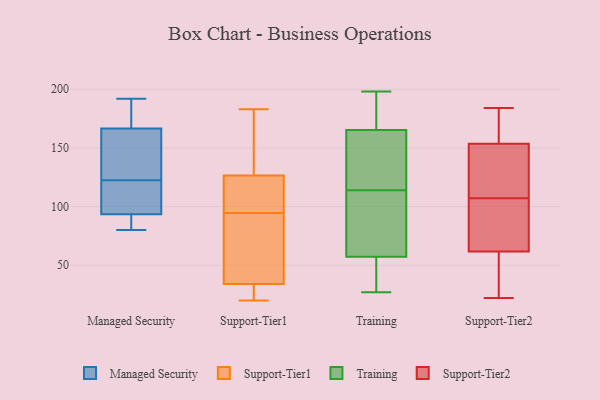
{"axis": {"x": "Customer Acquisition Cost (USD)", "y": "Value"}, "legend": ["Managed Security", "Support-Tier1", "Support-Tier2", "Training"], "data": [{"x": "", "y": 179, "type": "Managed Security"}, {"x": "", "y": 135, "type": "Managed Security"}, {"x": "", "y": 165, "type": "Managed Security"}, {"x": "", "y": 87, "type": "Managed Security"}, {"x": "", "y": 93, "type": "Managed Security"}, {"x": "", "y": 94, "type": "Managed Security"}, {"x": "", "y": 119, "type": "Managed Security"}, {"x": "", "y": 192, "type": "Managed Security"}, {"x": "", "y": 126, "type": "Managed Security"}, {"x": "", "y": 80, "type": "Managed Security"}, {"x": "", "y": 95, "type": "Managed Security"}, {"x": "", "y": 168, "type": "Managed Security"}, {"x": "", "y": 96, "type": "Support-Tier1"}, {"x": "", "y": 97, "type": "Support-Tier1"}, {"x": "", "y": 119, "type": "Support-Tier1"}, {"x": "", "y": 134, "type": "Support-Tier1"}, {"x": "", "y": 30, "type": "Support-Tier1"}, {"x": "", "y": 38, "type": "Support-Tier1"}, {"x": "", "y": 147, "type": "Support-Tier1"}, {"x": "", "y": 183, "type": "Support-Tier1"}, {"x": "", "y": 20, "type": "Support-Tier1"}, {"x": "", "y": 93, "type": "Support-Tier1"}, {"x": "", "y": 66, "type": "Support-Tier1"}, {"x": "", "y": 23, "type": "Support-Tier1"}, {"x": "", "y": 27, "type": "Training"}, {"x": "", "y": 116, "type": "Training"}, {"x": "", "y": 74, "type": "Training"}, {"x": "", "y": 178, "type": "Training"}, {"x": "", "y": 65, "type": "Training"}, {"x": "", "y": 198, "type": "Training"}, {"x": "", "y": 116, "type": "Training"}, {"x": "", "y": 34, "type": "Training"}, {"x": "", "y": 175, "type": "Training"}, {"x": "", "y": 162, "type": "Training"}, {"x": "", "y": 33, "type": "Training"}, {"x": "", "y": 73, "type": "Training"}, {"x": "", "y": 114, "type": "Training"}, {"x": "", "y": 142, "type": "Support-Tier2"}, {"x": "", "y": 64, "type": "Support-Tier2"}, {"x": "", "y": 97, "type": "Support-Tier2"}, {"x": "", "y": 22, "type": "Support-Tier2"}, {"x": "", "y": 37, "type": "Support-Tier2"}, {"x": "", "y": 182, "type": "Support-Tier2"}, {"x": "", "y": 145, "type": "Support-Tier2"}, {"x": "", "y": 184, "type": "Support-Tier2"}, {"x": "", "y": 107, "type": "Support-Tier2"}, {"x": "", "y": 103, "type": "Support-Tier2"}, {"x": "", "y": 116, "type": "Support-Tier2"}, {"x": "", "y": 55, "type": "Support-Tier2"}, {"x": "", "y": 179, "type": "Support-Tier2"}]}